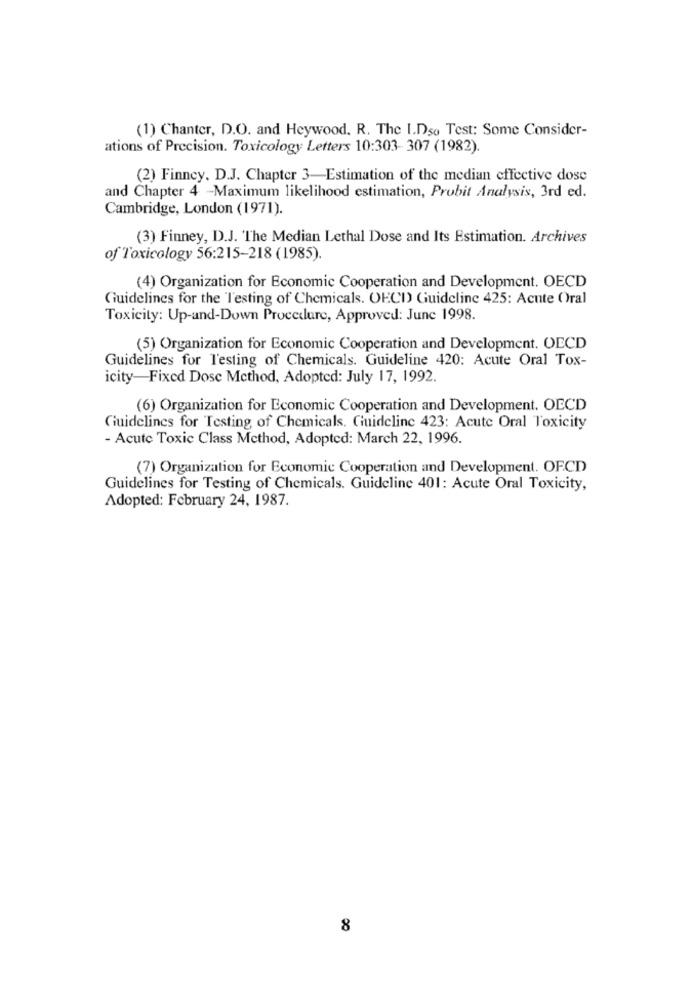
(1) Chanter, D.O. and Heywood. R. The I.Dso Test: Some Consider-
ations of Precision. Toxicology Letters 10:303- 307 (1982).
(2) Finney. D.J. Chapter 3-Estimation of the median effective dose
and Chapter 4 -Maximum likelihood estimation, Probit Analysis, 3rd ed.
Cambridge, London (1971).
(3) Finney, D.J. The Median Lethal Dose and Its Estimation. Archives
of Toxicology 56:215-218 (1985).
(4) Organization for Economic Cooperation and Development. OECD
Guidelines for the 'Testing of Chemicals. OECD Guideline 425: Acute Oral
Toxicity: Up-and-Down Procedure, Approved: June 1998.
(5) Organization for Economic Cooperation and Development. OECD
Guidelines for Testing of Chemicals. Guideline 420: Acute Oral Tox-
icity-Fixed Dose Method, Adopted: July 17, 1992.
(6) Organization for Economic Cooperation and Development. OECD
Guidelines for Testing of Chemicals. Guideline 423: Acute Oral Toxicity
- Acute Toxic Class Method, Adopted: March 22, 1996.
(7) Organization for Economic Cooperation and Development. OFCD
Guidelines for Testing of Chemicals. Guideline 401: Acute Oral Toxicity,
Adopted: February 24, 1987.
8